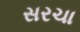
સરચા